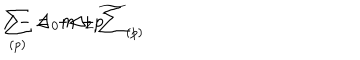
LaTeX: \sum _ { ( p ) } = - \Delta _ { 2 } p \hspace { - 0 . 2 c m } / - \Delta _ { 0 } m + \widetilde { \sum } _ { ( p ) }